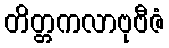
တိတ္တကလာဗုဗီဇံ